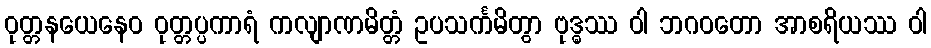
ဝုတ္တနယေနေဝ ဝုတ္တပ္ပကာရံ ကလျာဏမိတ္တံ ဥပသင်္ကမိတွာ ဗုဒ္ဓဿ ဝါ ဘဂဝတော အာစရိယဿ ဝါ